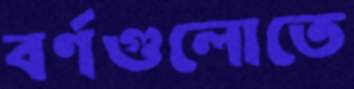
বর্ণগুলোতে